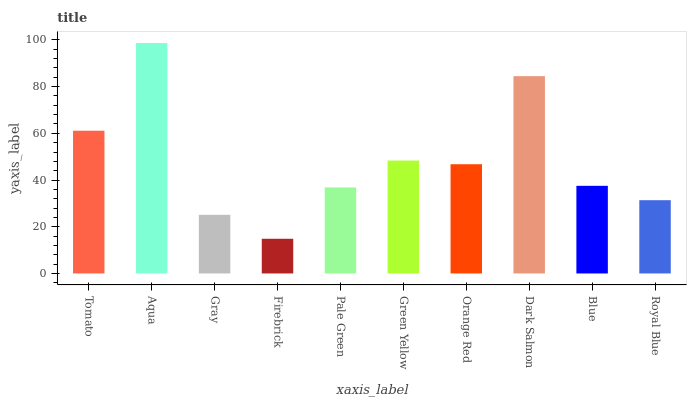
| xaxis_label | bars |
 | --- | --- |
 | Tomato | 61.1 |
 | Aqua | 98.7 |
 | Gray | 25.1 |
 | Firebrick | 14.9 |
 | Pale Green | 36.8 |
 | Green Yellow | 48.4 |
 | Orange Red | 46.8 |
 | Dark Salmon | 84.5 |
 | Blue | 37.5 |
 | Royal Blue | 31.4 |